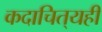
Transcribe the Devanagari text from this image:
कदाचित्‌यही